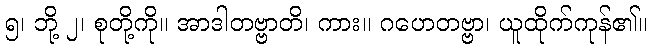
၅၊ ဘို့ ၂၊ စုတို့ကို။ အာဒါတဗ္ဗာတိ၊ ကား။ ဂဟေတဗ္ဗာ၊ ယူထိုက်ကုန်၏။